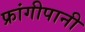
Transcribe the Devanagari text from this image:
फ्रांगीपानी